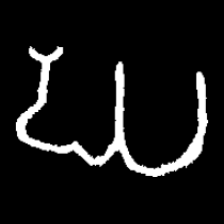
Pyu character \u2014 Myanmar letter: ဃ (romanized: gha)